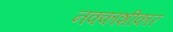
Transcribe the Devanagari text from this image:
नक्काशीकार